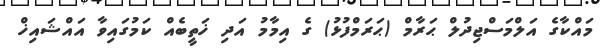
މައްކާގެ އަލްމަސްޖިދުލް ޙަރާމް (ޙަރަމްފުޅު) ގެ އިމާމު އަދި ޚަތީބެއް ކަމުގައިވާ އައްޝައިޚް